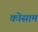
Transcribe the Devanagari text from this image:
कोसाम